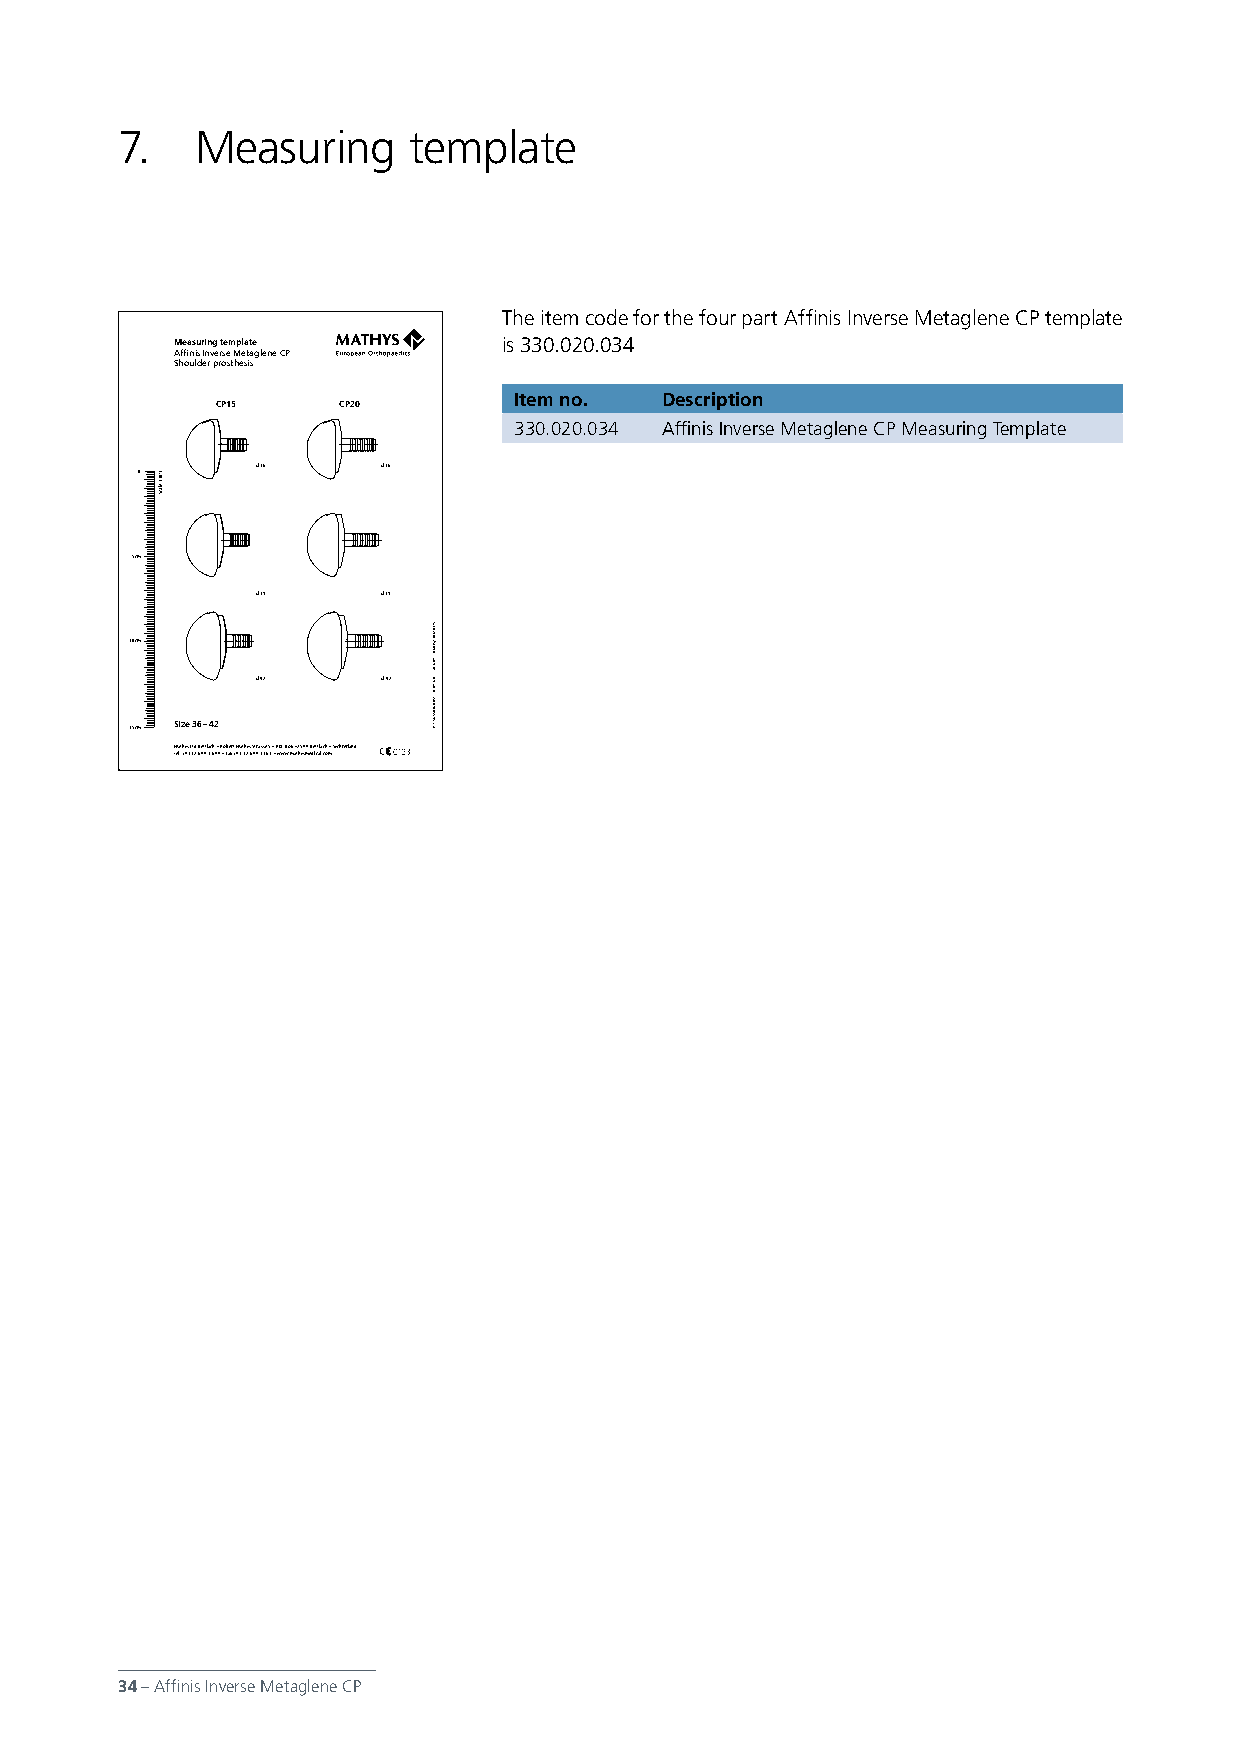
7.   Measuring     template
 The item code for the four part Affinis Inverse Metaglene CP template
 Measuring template   is 330.020.034
 Affinis Inverse Metaglene CP
 Shoulder prosthesis
 Item no.  Description
 CP15    CP20
 330.020.034 Affinis Inverse Metaglene CP Measuring Template
 d 36    d 36
 0
 5cm
 d 39    d 39
 10cm
 d 42    d 42
 15cm Size 36 – 42
 Mathys Ltd Bettlach • Robert Mathys Strasse 5 • P.O. Box • 2544 Bettlach • Switzerland
 Tel. +41 32 644 1 644 • Fax +41 32 644 1 161 • www.mathysmedical.com
 34 – Affinis Inverse Metaglene CP
 1:01.1
 elacS
 hcaltteB
 dtL syhtaM
 ©
 90-8102
 10-8190-10
 430.020.033
 .on metI